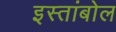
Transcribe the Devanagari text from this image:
इस्तांबोल